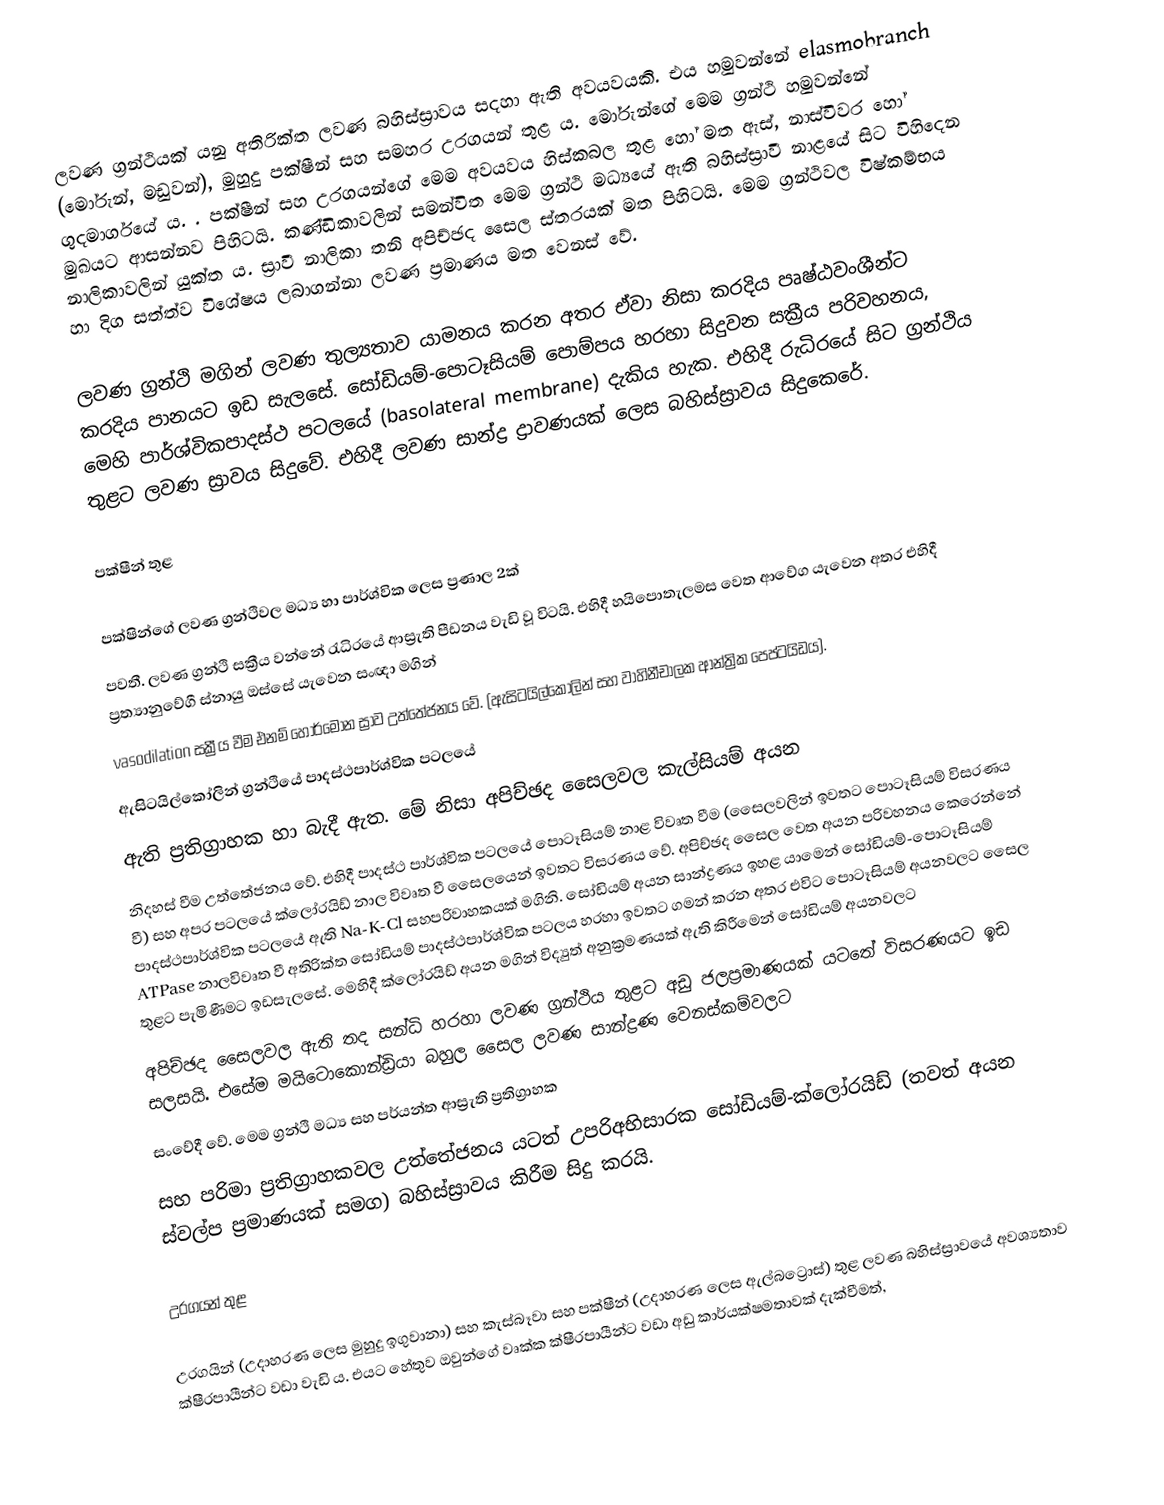
ලවණ ග්‍රන්ථියක් යනු අතිරික්ත ලවණ බහිස්ස්‍රාවය සදහා ඇති අවයවයකි. එය හමුවන්නේ elasmobranch (මෝරුන්, මඩුවන්), මුහුදු පක්ෂීන් සහ සමහර උරගයන් තුළ ය. මෝරුන්ගේ මෙම ග්‍රන්ථි හමුවන්නේ ගුදමාර්ගයේ ය. . පක්ෂීන් සහ උරගයන්ගේ මෙම අවයවය හිස්කබල තුළ හෝ මත ඇස්, නාස්විවර හෝ මුඛයට ආසන්නව පිහිටයි. කණ්ඩිකාවලින් සමන්විත මෙම ග්‍රන්ථි මධ්‍යයේ ඇති බහිස්ස්‍රාවී නාළයේ සිට විහිදෙන නාලිකාවලින් යුක්ත ය. ස්‍රාවී නාලිකා තනි අපිච්ඡද සෛල ස්තරයක් මත පිහිටයි. මෙම ග්‍රන්ථිවල විෂ්කම්භය හා දිග සත්ත්ව විශේෂය ලබාගන්නා ලවණ ප්‍රමාණය මත වෙනස් වේ.

ලවණ ග්‍රන්ථි මගින් ලවණ තුල්‍යතාව යාමනය කරන අතර ඒවා නිසා කරදිය පෘෂ්ඨවංශීන්ට කරදිය පානයට ඉඩ සැලසේ. සෝඩියම්-පොටෑසියම් පොම්පය හරහා සිදුවන සක්‍රීය පරිවහනය, මෙහි පාර්ශ්විකපාදස්ථ පටලයේ (basolateral membrane) දැකිය හැක. එහිදී රුධිරයේ සිට ග්‍රන්ථිය තුළට ලවණ ස්‍රාවය සිදුවේ. එහිදී ලවණ සාන්ද්‍ර ද්‍රාවණයක් ලෙස බහිස්ස්‍රාවය සිදුකෙරේ.

පක්ෂීන් තුළ

පක්ෂින්ගේ ලවණ ග්‍රන්ථිවල මධ්‍ය හා පාර්ශ්වික ලෙස ප්‍රණාල 2ක්
පවතී. ලවණ ග්‍රන්ථි සක්‍රීය වන්නේ රැධිරයේ ආස්‍රැති පීඩනය වැඩි වූ විටයි.  එහිදී හයිපොතැලමස වෙත ආවේග යැවෙන අතර එහිදී ප්‍රත්‍යානුවේගී ස්නායු ඔස්සේ යැවෙන සංඥා මගින්
vasodilation සක්‍රීය වීම එනම් හෝර්මෝන ස්‍රාව උත්තේජනය වේ. (ඇසිටයිල්කෝලින් සහ වාහිනීචාලක ආන්ත්‍රික පෙප්ටයිඩය).
ඇසිටයිල්කෝලින් ග්‍රන්ථියේ පාදස්ථපාර්ශ්වික පටලයේ
ඇති ප්‍රතිග්‍රාහක හා බැදී ඇත. මේ නිසා අපිච්ඡද සෛලවල කැල්සියම් අයන
නිදහස් වීම උත්තේජනය වේ. එහිදී පාදස්ථ පාර්ශ්වික පටලයේ පොටෑසියම් නාළ විවෘත වීම (සෛලවලින් ඉවතට පොටෑසියම් විසරණය වී) සහ අපර පටලයේ ක්ලෝරයිඩ් නාල විවෘත වී සෛලයෙන් ඉවතට විසරණය වේ.  අපිච්ඡද සෛල වෙත අයන   පරිවහනය කෙරෙන්නේ පාදස්ථපාර්ශ්වික පටලයේ ඇති  Na-K-Cl  සහපරිවාහකයක් මගිනි. සෝඩියම් අයන සාන්ද්‍රණය ඉහළ යාමෙන් සෝඩියම්-පොටෑසියම් ATPase නාලවිවෘත වී අතිරික්ත සෝඩියම් පාදස්ථපාර්ශ්වික පටලය හරහා ඉවත‍ට ගමන් කරන අතර එවිට පොටෑසියම් අයනවලට සෛල තුළට පැමිණීමට ඉඩසැලසේ.  මෙහිදී ක්ලෝරයිඩ් අයන මගින් විද්‍යුත් අනුක්‍රමණයක් ඇති කිරීමෙන් සෝඩියම් අයනවලට
අපිච්ඡද සෛලවල ඇති තද සන්ධි හරහා ලවණ ග්‍රන්ථිය තුළට අඩු ජලප්‍රමාණයක් ය‍ටතේ විසරණයට ඉඩ සලසයි. එසේම මයිටොකොන්ඩ්‍රියා බහුල සෛල ලවණ සාන්ද්‍රණ වෙනස්කම්වලට
සංවේදී වේ. මෙම ග්‍රන්ථි මධ්‍ය සහ පර්යන්ත ආස්‍රැති ප්‍රතිග්‍රාහක
සහ පරිමා ප්‍රතිග්‍රාහකවල උත්තේජනය ය‍ටත් උපරිඅභිසාරක සෝඩියම්-ක්ලෝරයිඩ් (තවත් අයන ස්වල්ප ප්‍රමාණයක් සමග) බහිස්ස්‍රාවය කිරීම සිදු කරයි.

උරගයන් තුළ

උරගයින් (උදාහරණ ලෙස මුහුදු ඉගුවානා) සහ කැස්බෑවා සහ පක්ෂීන් (උදාහරණ ලෙස ඇල්බට්‍රොස්) තුළ ලවණ බහිස්ස්‍රාව‍යේ අවශ්‍යතාව ක්ෂීරපායීන්ට වඩා වැඩි ය. එයට හේතුව ඔවුන්ගේ වෘක්ක ක්ෂීරපායීන්ට වඩා අඩු කාර්යක්ෂමතාවක් දැක්වීමත්,